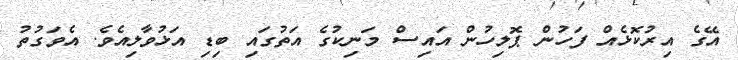
އޭގެ އިރުކޮޅެއް ފަހުން ޕޮލިހުން އައިސް މަނިކުގެ އަތުގައި ބިޑި އަޅުވާލިއެވެ. އެވަގުތު